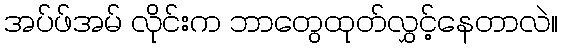
အပ်ဖ်အမ် လိုင်းက ဘာတွေထုတ်လွှင့်နေတာလဲ။